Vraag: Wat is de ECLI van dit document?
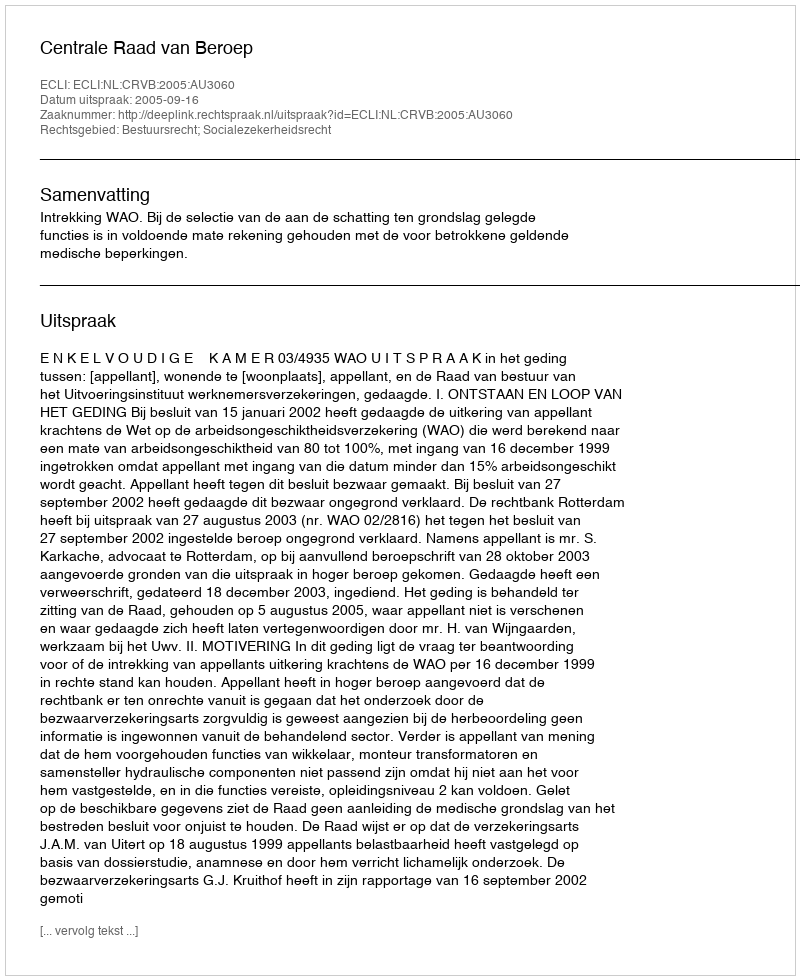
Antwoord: ECLI:NL:CRVB:2005:AU3060